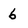
Character: 6